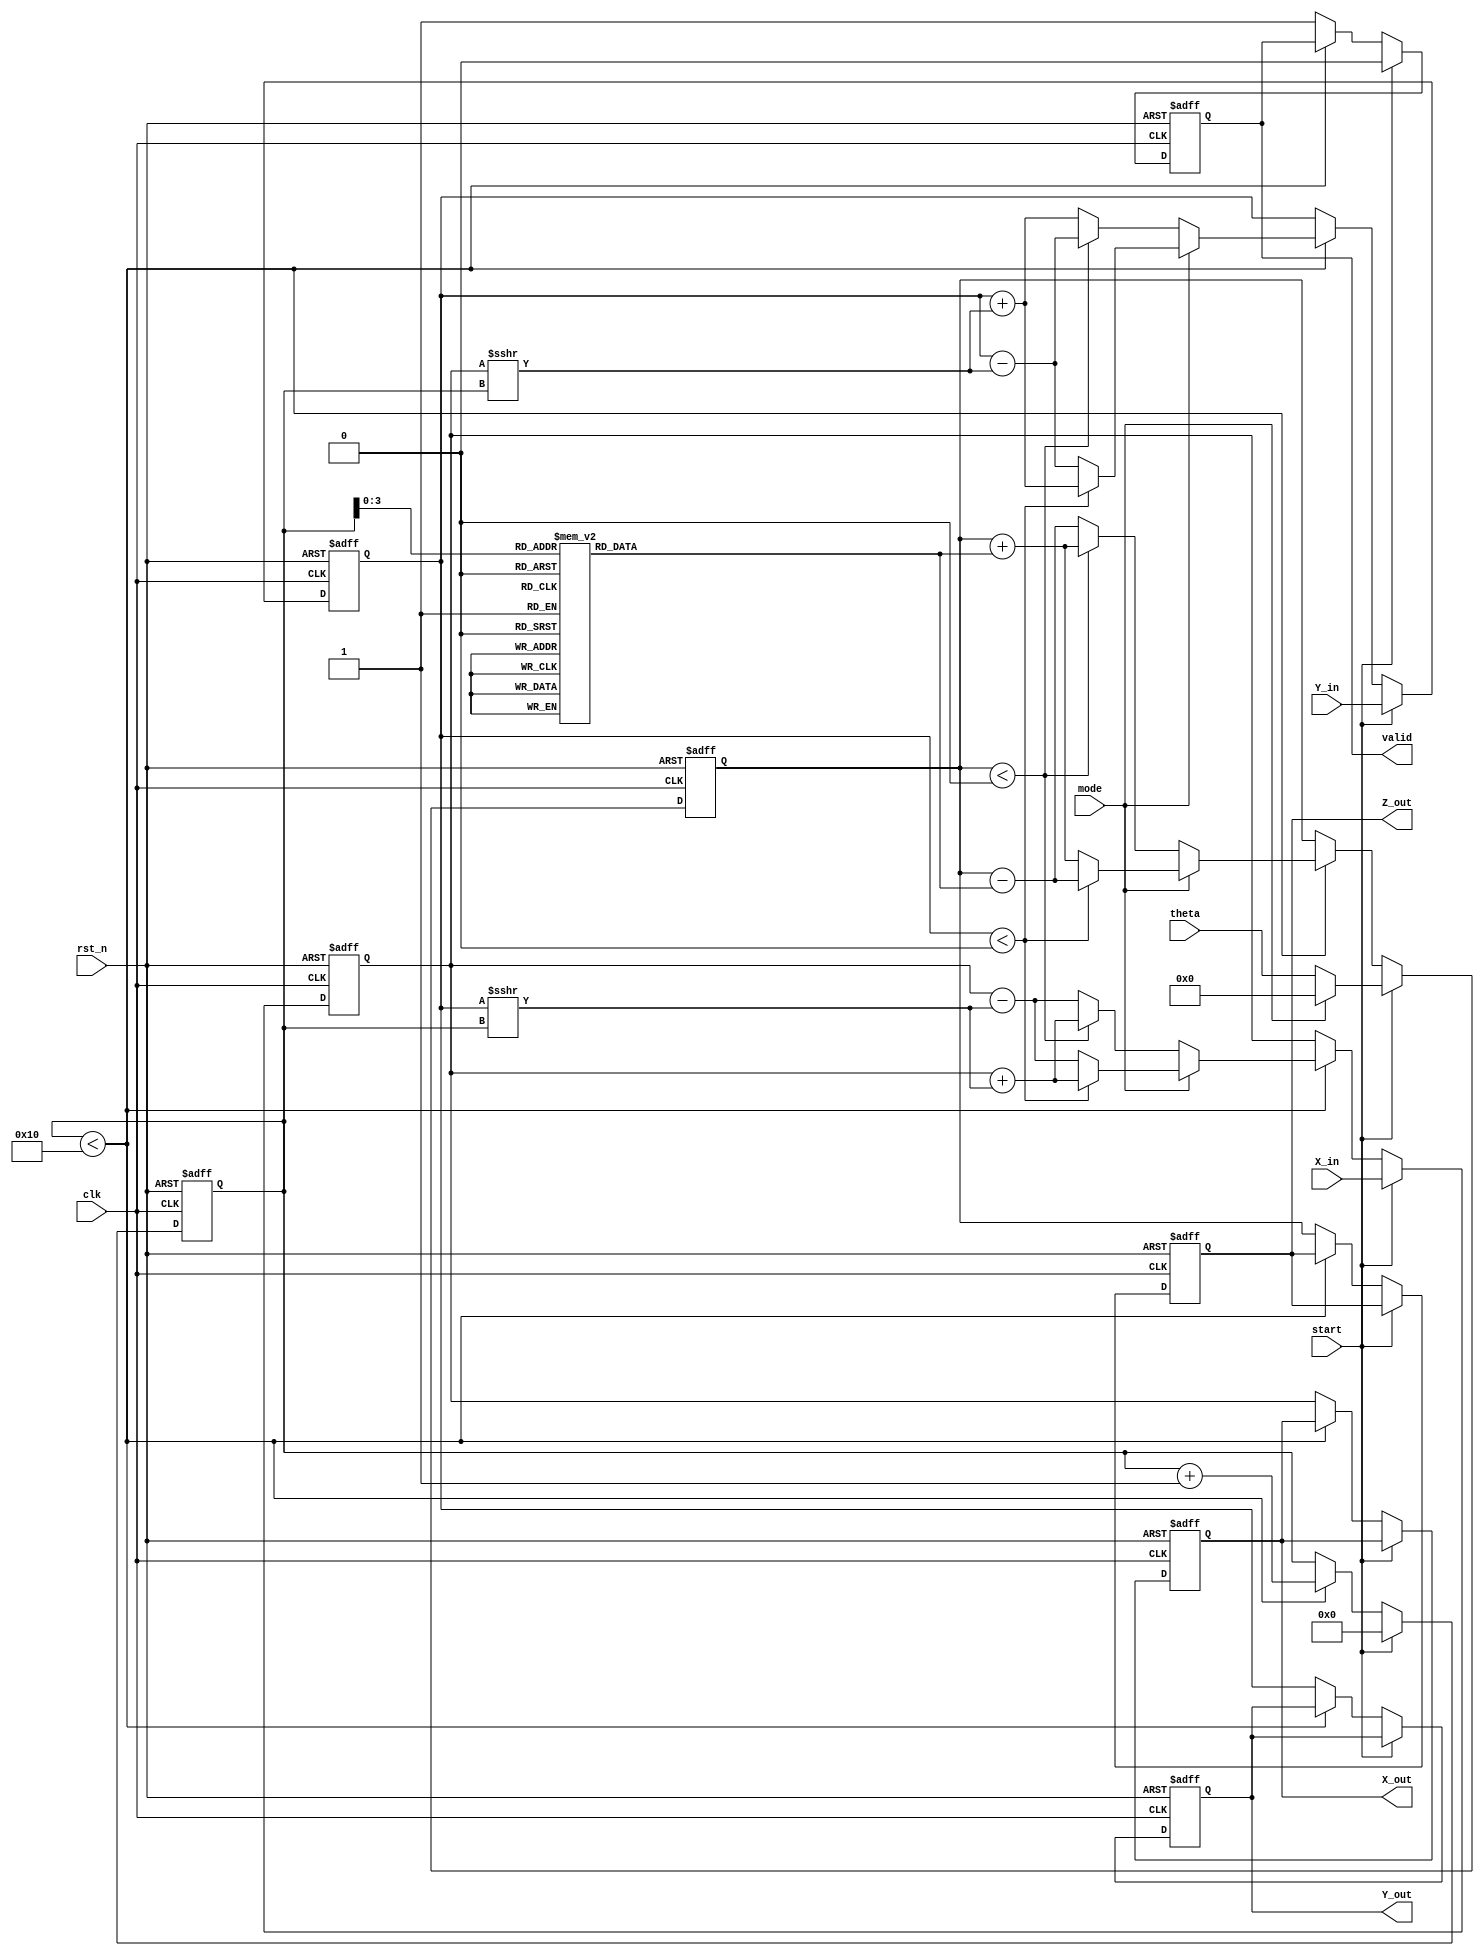
module cordic_fixed_point #(
    parameter WORD_LENGTH = 16,
    parameter FRACTIONAL_BITS = 14,
    parameter ITERATIONS = 16
) (
    input clk,
    input rst_n,
    input start,
    input mode, // 0 for rotation mode, 1 for vectoring mode
    input signed [WORD_LENGTH-1:0] theta,
    input signed [WORD_LENGTH-1:0] X_in,
    input signed [WORD_LENGTH-1:0] Y_in,
    output reg signed [WORD_LENGTH-1:0] X_out,
    output reg signed [WORD_LENGTH-1:0] Y_out,
    output reg signed [WORD_LENGTH-1:0] Z_out,
    output reg valid
);

    // CORDIC constants (arctan values in fixed-point)
    reg signed [WORD_LENGTH-1:0] atan_table [0:ITERATIONS-1];
    initial begin
        atan_table[0] = 16'd16384;   // arctan(1) = pi/4 in fixed-point
        atan_table[1] = 16'd8192;    // arctan(0.5) = pi/6 in fixed-point
        atan_table[2] = 16'd4096;    // arctan(0.25) = pi/12 in fixed-point
        // Add more precomputed arctan values as necessary
    end

    reg signed [WORD_LENGTH-1:0] x_reg, y_reg, z_reg;
    reg [4:0] iteration; // max 16 iterations (4 bits is enough)

    always @(posedge clk or negedge rst_n) begin
        if (!rst_n) begin
            X_out <= 0;
            Y_out <= 0;
            Z_out <= 0;
            valid <= 0;
            iteration <= 0;
            x_reg <= 0;
            y_reg <= 0;
            z_reg <= 0;
        end else if (start) begin
            // Initialize registers
            x_reg <= X_in;
            y_reg <= Y_in;
            z_reg <= mode ? 0 : theta; // Set z_reg to 0 for rotation mode
            iteration <= 0;
            valid <= 0;
        end else if (iteration < ITERATIONS) begin
            // CORDIC computations
            if (mode == 0) begin // Rotation Mode
                if (z_reg < 0) begin
                    x_reg <= x_reg + (y_reg >>> iteration);
                    y_reg <= y_reg - (x_reg >>> iteration);
                    z_reg <= z_reg + atan_table[iteration];
                end else begin
                    x_reg <= x_reg - (y_reg >>> iteration);
                    y_reg <= y_reg + (x_reg >>> iteration);
                    z_reg <= z_reg - atan_table[iteration];
                end
            end else begin // Vectoring Mode
                if (y_reg < 0) begin
                    x_reg <= x_reg + (y_reg >>> iteration);
                    y_reg <= y_reg + (x_reg >>> iteration);
                    z_reg <= z_reg - atan_table[iteration];
                end else begin
                    x_reg <= x_reg - (y_reg >>> iteration);
                    y_reg <= y_reg - (x_reg >>> iteration);
                    z_reg <= z_reg + atan_table[iteration];
                end
            end
            
            iteration <= iteration + 1;
        end else begin
            // Output results after all iterations
            X_out <= x_reg;
            Y_out <= y_reg;
            Z_out <= z_reg;
            valid <= 1;
        end
    end

endmodule